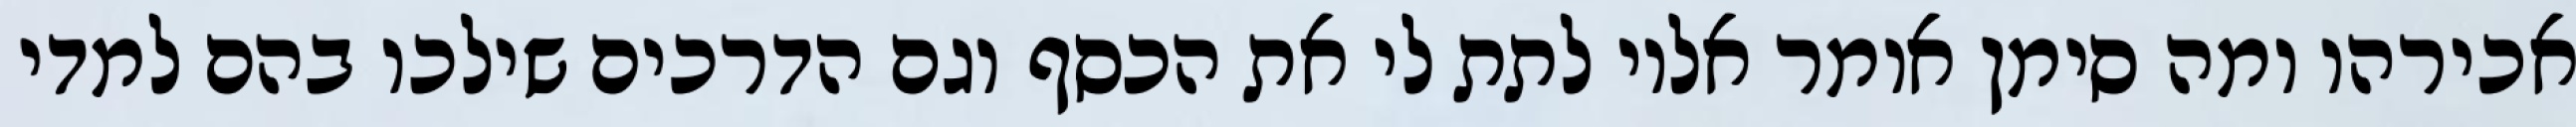
אכירהו ומה סימן אומר אליו לתת לי את הכסף וגם הדרכים שילכו בהם למדי